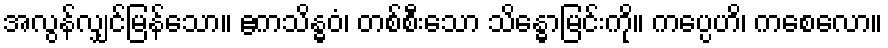
အလွန်လျှင်မြန်သော။ ဧကသိန္ဓဝံ၊ တစ်စီးသော သိန္ဓောမြင်းကို။ ကပ္ပေဟိ၊ ကစေလော။